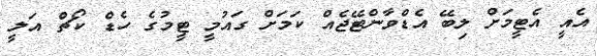
އެއީ އެޓީމަށް ލިބޭ އެޑްވާންޓޭޖެއް ކަމަށް ގައުމީ ޓީމުގެ ހެޑް ކޯޗް އަލީ